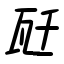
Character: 瓩